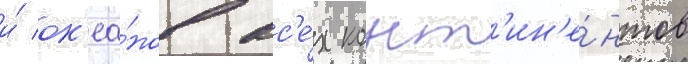
и́ ок'еа́нов вс'е́х конт'ин'е́нтов